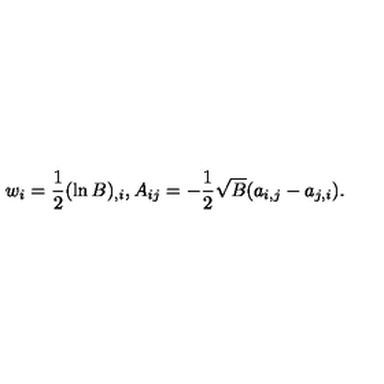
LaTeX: w _ { i } = \frac 1 2 ( \ln B ) _ { , i } , A _ { i j } = - \frac 1 2 \sqrt { B } ( a _ { i , j } - a _ { j , i } ) .